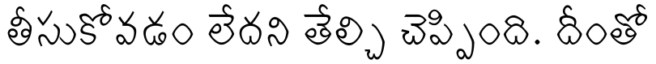
తీసుకోవడం లేదని తేల్చి చెప్పింది. దీంతో